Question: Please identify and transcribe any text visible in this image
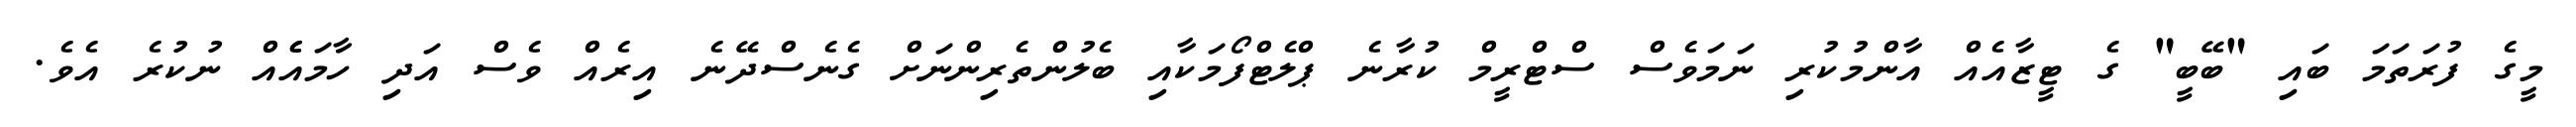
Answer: މީގެ ފުރަތަމަ ބައި "ބޭބީ" ގެ ޓީޒާއެއް އާންމުކުރި ނަމަވެސް ސްޓްރީމް ކުރާނެ ޕްލެޓްފޯމަކާއި ބެލުންތެރިންނަށް ގެނެސްދޭނެ އިރެއް ވެސް އަދި ހާމައެެއް ނުކުރެ އެވެ.